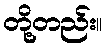
တို့တည်း။